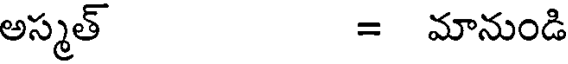
అస్మత్ = మానుండి